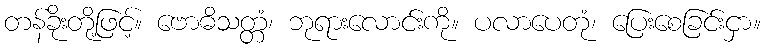
တန်ခိုးတို့ဖြင့်။ ဗောဓိသတ္တံ၊ ဘုရားလောင်းကို။ ပလာပေတုံ၊ ပြေးစေခြင်းငှာ။